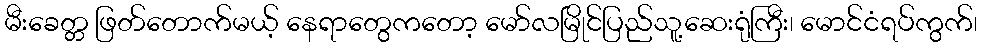
မီးခေတ္တ ဖြတ်တောက်မယ့် နေရာတွေကတော့ မော်လမြိုင်ပြည်သူ့ဆေးရုံကြီး၊ မောင်ငံရပ်ကွက်၊